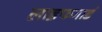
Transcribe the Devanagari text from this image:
लाइफगार्ड